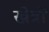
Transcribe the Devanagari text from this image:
खेत्रों